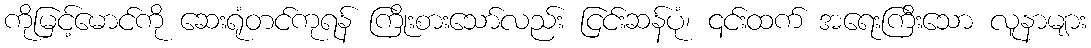
ကိုမြင့်မောင်ကို ဆေးရုံတင်ကုရန် ကြိုးစားသော်လည်း ငြင်းဆန်ပုံ၊ ၎င်းထက် အရေးကြီးသော လူနာများ